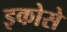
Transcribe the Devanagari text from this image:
इकोसे